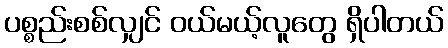
ပစ္စည်းစစ်လျှင် ဝယ်မယ့်လူတွေ ရှိပါတယ်